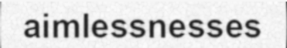
aimlessnesses